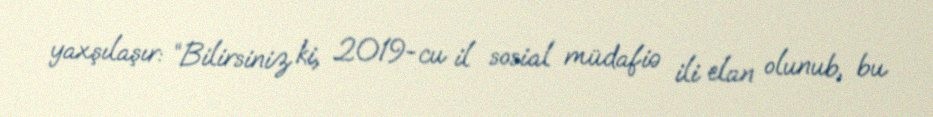
yaxşılaşır: “Bilirsiniz ki, 2019-cu il sosial müdafiə ili elan olunub, bu